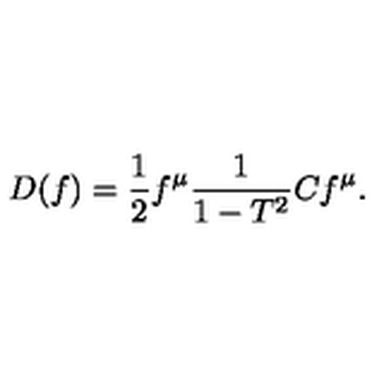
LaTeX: D ( f ) = \frac { 1 } { 2 } f ^ { \mu } \frac { 1 } { 1 - T ^ { 2 } } C f ^ { \mu } .